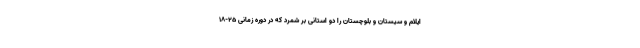
ایلام و سیستان و بلوچستان را دو استانی بر شمرد که در دوره زمانی ۲۵-۱۸